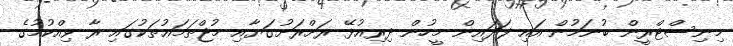
މިނިސްޓްރީން ބުނަމުން އައި ފަދައިން މީހުން ދިރިއުޅޭ ރަށްރަށުގަޔާއި މުޖްތަމަޢުތަކުގައި ރާ ވިއްކުމުގެ